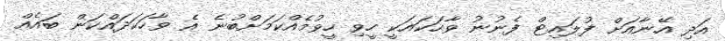
އަދި އޭނާއަށް ފުލައިޓް ފެނުނު ވާހަކައަކީ ހީވި ހީވުމެއްކަމަށްބުނެ އެ ވާހަކަދައްކަން ބައެއް